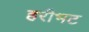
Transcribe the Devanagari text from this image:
हरीभट